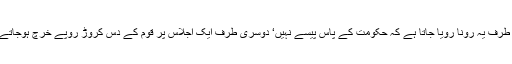
ایک طرف یہ رونا رویا جاتا ہے کہ حکومت کے پاس پیسے نہیں‘ دوسری طرف ایک اجلاس پر قوم کے دس کروڑ روپے خرچ ہوجاتے ہیں۔